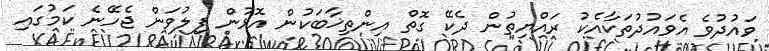
ވައުދުވެ އެވައުދުތަކާއެކު ރައްޔިތުން ދެކޭ ގޮތް އިންތިޚާބަކުން އޮޅުން ފިލުވަން ޖެހޭނެ ކަމުގައި